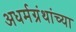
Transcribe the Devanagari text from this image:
अधर्मग्रंथांच्या